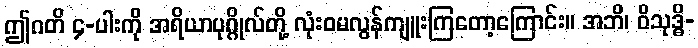
ဤဂတိ ၄-ပါးကို အရိယာပုဂ္ဂိုလ်တို့ လုံးဝမလွန်ကျူးကြတော့ကြောင်း။ အဘိ၊ ဝိသုဒ္ဓိ-